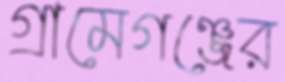
গ্রামেগঞ্জের